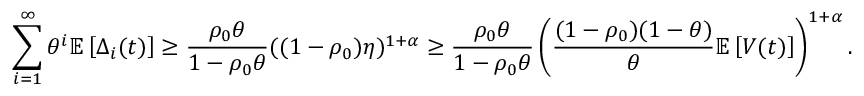
\sum _ { i = 1 } ^ { \infty } \theta ^ { i } \mathbb { E } \left[ \Delta _ { i } ( t ) \right] \geq \frac { \rho _ { 0 } \theta } { 1 - \rho _ { 0 } \theta } ( ( 1 - \rho _ { 0 } ) \eta ) ^ { 1 + \alpha } \geq \frac { \rho _ { 0 } \theta } { 1 - \rho _ { 0 } \theta } \left( \frac { ( 1 - \rho _ { 0 } ) ( 1 - \theta ) } { \theta } \mathbb { E } \left[ V ( t ) \right] \right) ^ { 1 + \alpha } .